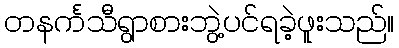
တနင်္ကသီရွာစားဘွဲ့ပင်ရခဲ့ဖူးသည်။